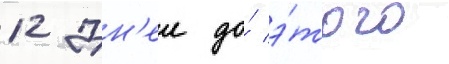
12 дн'еи до́ э́того